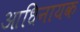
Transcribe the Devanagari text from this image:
आधिनायक